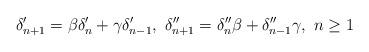
LaTeX: \begin{align*}\delta_{n+1}'=\beta \delta_n'+\gamma \delta_{n-1}',~\delta_{n+1}''=\delta_n''\beta +\delta_{n-1}''\gamma,~n\geq 1\end{align*}